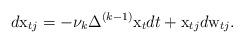
LaTeX: \begin{align*}d{\mathrm x}_{tj} =- \nu_k \Delta^{(k-1)}{\mathrm x}_t dt + {\mathrm x}_{tj} d{\mathrm w}_{tj}. \end{align*}